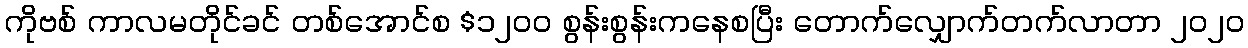
ကိုဗစ် ကာလမတိုင်ခင် တစ်အောင်စ $၁၂၀၀ စွန်းစွန်းကနေစပြီး တောက်လျှောက်တက်လာတာ ၂၀၂၀